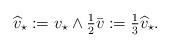
LaTeX: \begin{align*}\widehat{v}_\star := v_\star \wedge \tfrac12 \bar{v} := \tfrac13 \widehat{v}_\star. \end{align*}